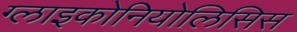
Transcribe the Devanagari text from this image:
ग्लाइकोनियोलिसिस